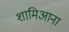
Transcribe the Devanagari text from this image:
शामिआना